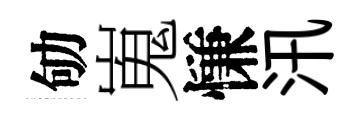
劬嵬慊汛